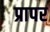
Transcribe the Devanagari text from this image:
प्रापर